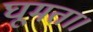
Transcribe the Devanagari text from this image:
घूमता।